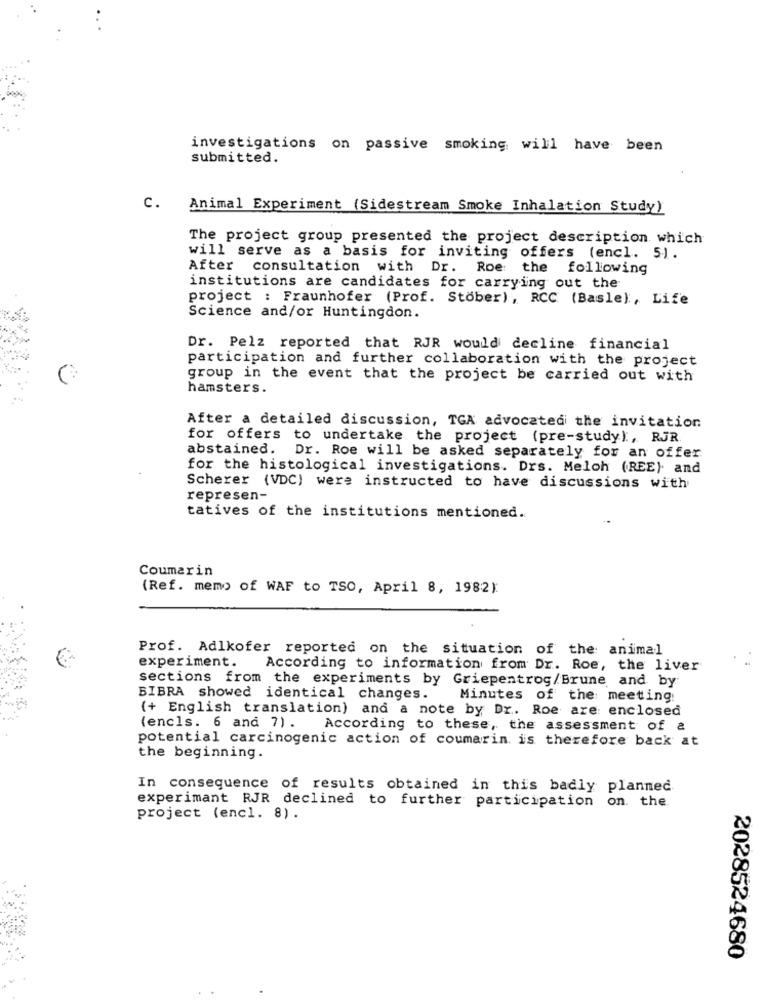
investigations on passive smoking will have been
submitted.
C.
Animal Experiment (Sidestream Smoke Inhalation Study)
The project group presented the project description which
will serve as a basis for inviting offers (encl. 5).
After consultation with Dr. Roe: the following
institutions are candidates for carrying out the
project : Fraunhofer (Prof. Stöber), RCC (Basle), Life
Science and/or Huntingdon.
Dr. Pelz reported that RJR would decline financial
participation and further collaboration with the project
group in the event that the project be carried out with
hamsters.
After a detailed discussion, TGA advocated the invitation
for offers to undertake the project (pre-study), RJR
abstained. Dr. Roe will be asked separately for an offer
for the histological investigations. Drs. Meloh (REE) and
Scherer (VDC) were instructed to have discussions with
represen-
tatives of the institutions mentioned.
Coumarin
(Ref. memo of WAF to TSO, April 8, 1982):
Prof. Adlkofer reported on the situation of the: animal
experiment.
According to information from Dr. Roe, the liver
sections from the experiments by Griepentrog/Brune and by
BIBRA showed identical changes.
Minutes of the meeting
(+ English translation) and a note by Dr. Roe are enclosed
(encls. 6 and 7) .
According to these, the assessment of &
potential carcinogenic action of coumarin is therefore back at
the beginning.
In consequence of results obtained in this badly planned
experimant RJR declined to further participation on. the.
project (encl. 8).
2028524680